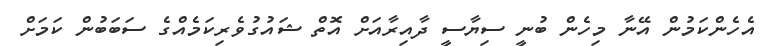
އެހެންކަމުން އޭނާ މިހެން ބުނީ ސިޔާސީ ދާއިރާއަށް އޮތް ޝައުގުވެރިކަމެއްގެ ސަބަބުން ކަމަށް